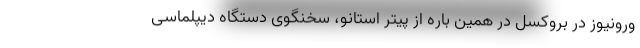
ورونیوز در بروکسل در همین باره از پیتر استانو، سخنگوی دستگاه دیپلماسی